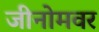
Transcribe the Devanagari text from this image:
जीनोमवर